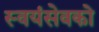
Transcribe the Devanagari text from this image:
स्‍वयंसेवको